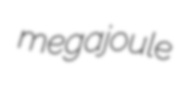
megajoule